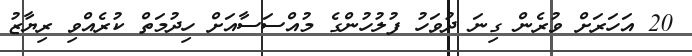
20 އަހަރަށް ވުރެން ގިނަ ދުވަހު ފުލުހުންގެ މުއްސަސާއަށް ހިދުމަތް ކުރެއްވި ރިޔާޒު